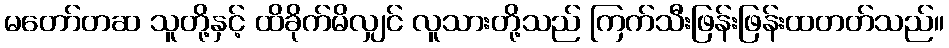
မတော်တဆ သူတို့နှင့် ထိခိုက်မိလျှင် လူသားတို့သည် ကြက်သီးဖြန်းဖြန်းထတတ်သည်။